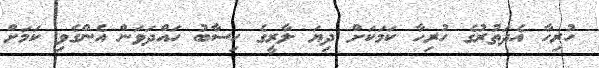
ހުރިހާ އެދަތުރުގެ ހުރިހާ ކަމަކަށް ދިޔަ ލާރީގެ ހިސާބު ހައްދަވަން އެންގެވި ކަމަށް